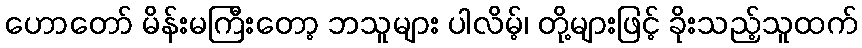
ဟောတော် မိန်းမကြီးတော့ ဘသူများ ပါလိမ့်၊ တို့များဖြင့် ခိုးသည့်သူထက်